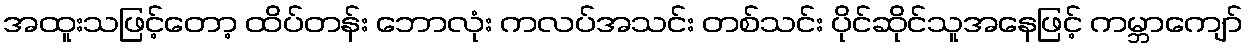
အထူးသဖြင့်တော့ ထိပ်တန်း ဘောလုံး ကလပ်အသင်း တစ်သင်း ပိုင်ဆိုင်သူအနေဖြင့် ကမ္ဘာကျော်